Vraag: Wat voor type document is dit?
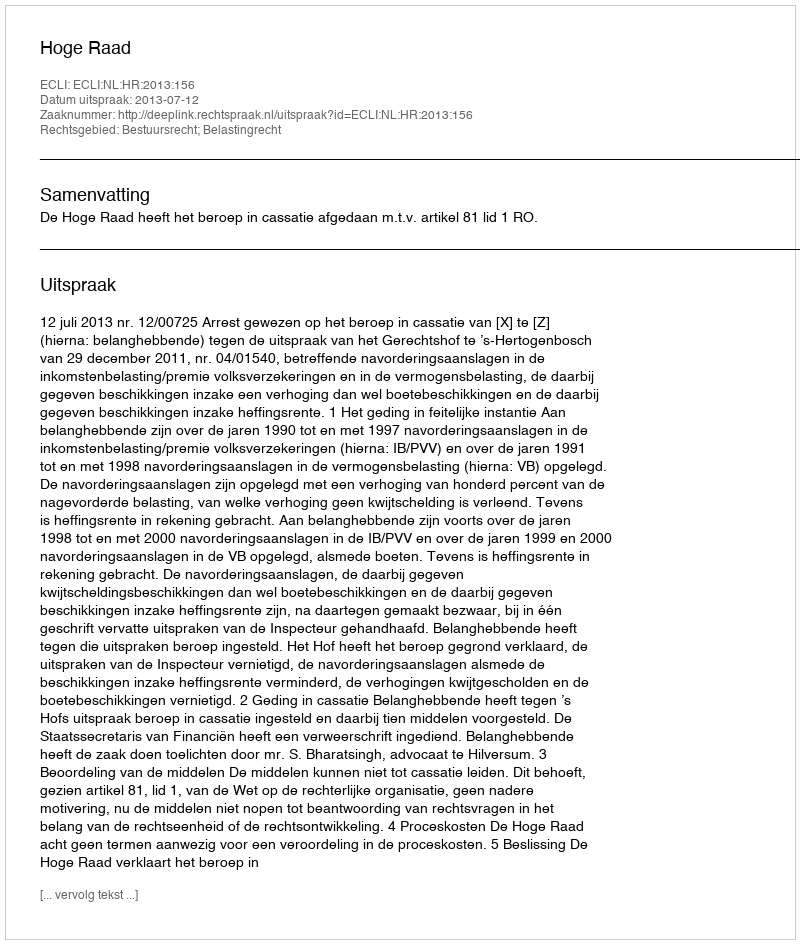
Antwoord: Uitspraak